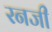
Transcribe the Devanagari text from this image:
रनजी